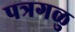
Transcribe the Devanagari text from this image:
पत्रगळु